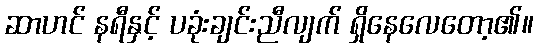
ဆာဟင် နရီနှင့် ပခုံးချင်းညီလျက် ရှိနေလေတော့၏။